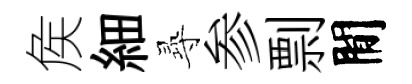
矦細𡬶参剽閒